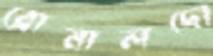
রোনালদো